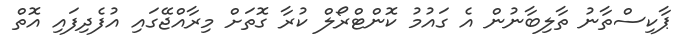
ޕާކިސްތާނު ތާލިބާނުން އެ ގައުމު ކޮންޓްރޯލް ކުރާ ގޮތަށް މިރާއްޖޭގައި އުފެދިފައި އޮތް